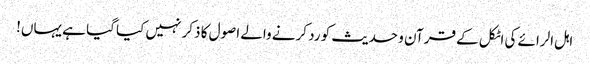
اہل الرائے کی اٹکل کے قرآن و حدیث کو رد کرنے والے اصول کا ذکر نہیں کیا گیا ہے یہاں!